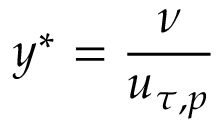
y ^ { * } = \frac { \nu } { u _ { \tau , p } }